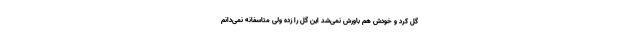
گل کرد و خودش هم باورش نمی‌شد این گل را زده ولی متاسفانه نمی‌دانم